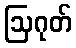
ဩဂုတ်